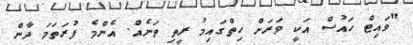
"ވައިޓް ހައުސް އަކީ ވަރަށް ހިތްގައިމު ރީތި ތަނެއް. އެންމެ ފުރަތަމަ ދާން